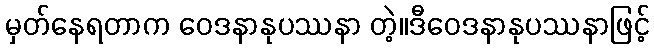
မှတ်နေရတာက ဝေဒနာနုပဿနာ တဲ့။ဒီဝေဒနာနုပဿနာဖြင့်